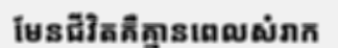
មែនជីវិតគឺគ្មានពេលសំរាក